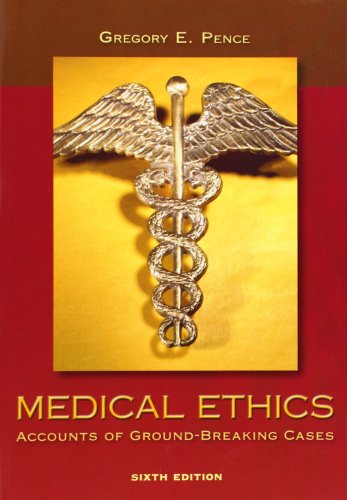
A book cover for Medical Ethics: Accounts of Ground-Breaking Cases; Gregory Pence; Medical Books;